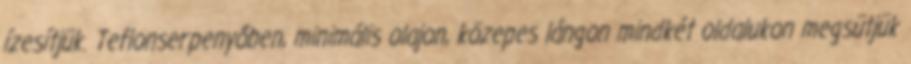
ízesítjük. Teflonserpenyőben, minimális olajon, közepes lángon mindkét oldalukon megsütjük